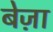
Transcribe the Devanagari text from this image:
बेज़ा